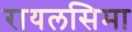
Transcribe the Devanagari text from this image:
रायलसिमा